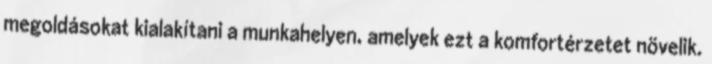
megoldásokat kialakítani a munkahelyen, amelyek ezt a komfortérzetet növelik.